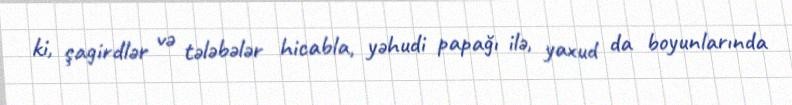
ki, şagirdlər və tələbələr hicabla, yəhudi papağı ilə, yaxud da boyunlarında